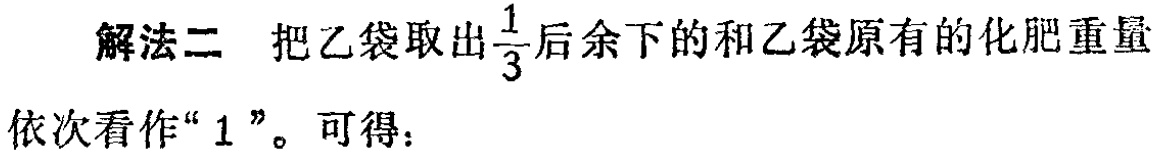
解法二 把乙袋取出$\frac{1}{3}$后余下的和乙袋原有的化肥重量依次看作“$1$”。可得：